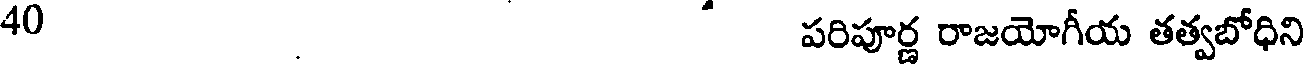
40 పరిపూర్ణ రాజయోగీయ తత్వబోధిని